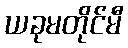
ယခုမတိုင်မီ